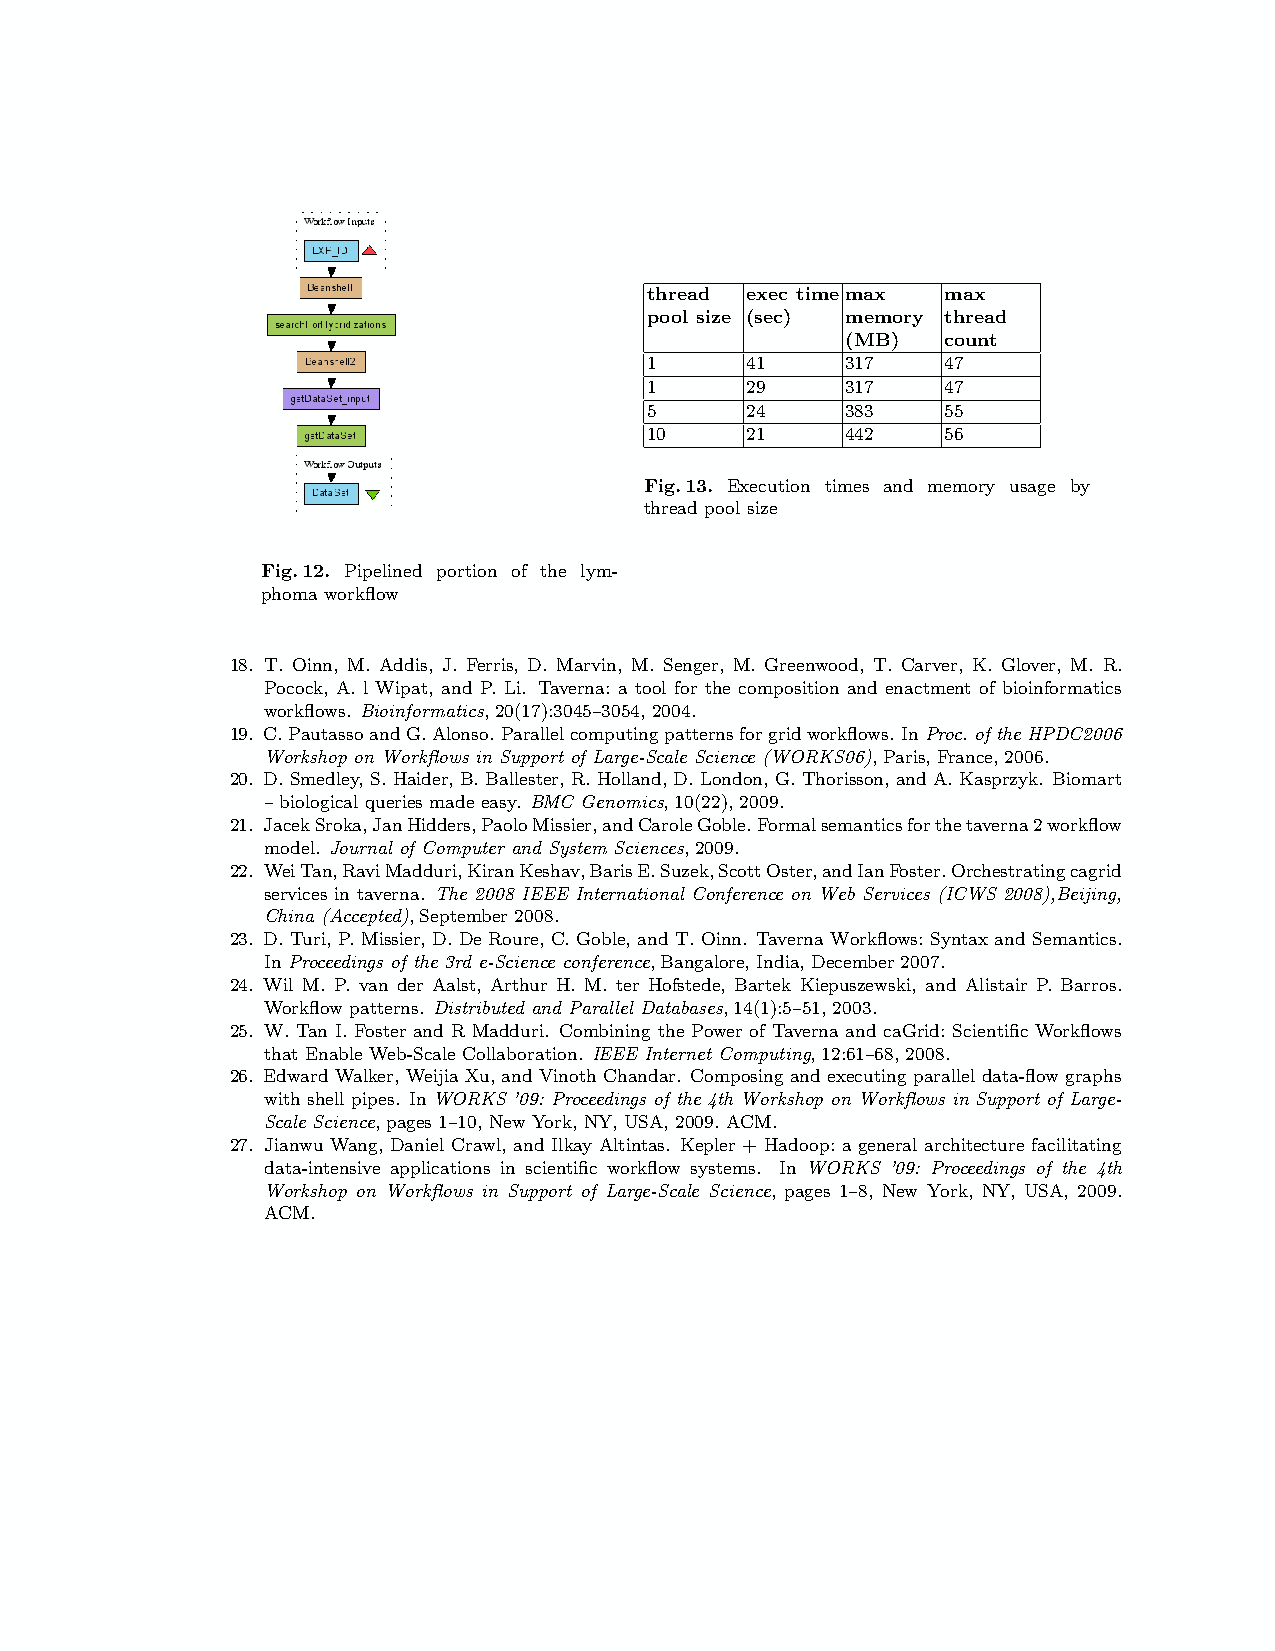
thread exec timemax max
 pool size (sec) memory thread
 (MB)   count
 1     41     317    47
 1     29     317    47
 5     24     383    55
 10    21     442    56
 Fig.13. Execution times and memory usage by
 thread pool size
 Fig.12. Pipelined portion of the lym-
 phoma workflow
 18. T. Oinn, M. Addis, J. Ferris, D. Marvin, M. Senger, M. Greenwood, T. Carver, K. Glover, M. R.
 Pocock, A. l Wipat, and P. Li. Taverna: a tool for the composition and enactment of bioinformatics
 workflows. Bioinformatics, 20(17):3045–3054, 2004.
 19. C.PautassoandG.Alonso. Parallelcomputingpatternsforgridworkflows. InProc.oftheHPDC2006
 Workshop on Workflows in Support of Large-Scale Science (WORKS06), Paris, France, 2006.
 20. D. Smedley, S. Haider, B. Ballester, R. Holland, D. London, G. Thorisson, and A. Kasprzyk. Biomart
 – biological queries made easy. BMC Genomics, 10(22), 2009.
 21. JacekSroka,JanHidders,PaoloMissier,andCaroleGoble.Formalsemanticsforthetaverna2workflow
 model. Journal of Computer and System Sciences, 2009.
 22. WeiTan,RaviMadduri,KiranKeshav,BarisE.Suzek,ScottOster,andIanFoster.Orchestratingcagrid
 services in taverna. The 2008 IEEE International Conference on Web Services (ICWS 2008),Beijing,
 China (Accepted), September 2008.
 23. D. Turi, P. Missier, D. De Roure, C. Goble, and T. Oinn. Taverna Workflows: Syntax and Semantics.
 In Proceedings of the 3rd e-Science conference, Bangalore, India, December 2007.
 24. Wil M. P. van der Aalst, Arthur H. M. ter Hofstede, Bartek Kiepuszewski, and Alistair P. Barros.
 Workflow patterns. Distributed and Parallel Databases, 14(1):5–51, 2003.
 25. W. Tan I. Foster and R Madduri. Combining the Power of Taverna and caGrid: Scientific Workflows
 that Enable Web-Scale Collaboration. IEEE Internet Computing, 12:61–68, 2008.
 26. Edward Walker, Weijia Xu, and Vinoth Chandar. Composing and executing parallel data-flow graphs
 with shell pipes. In WORKS ’09: Proceedings of the 4th Workshop on Workflows in Support of Large-
 Scale Science, pages 1–10, New York, NY, USA, 2009. ACM.
 27. Jianwu Wang, Daniel Crawl, and Ilkay Altintas. Kepler + Hadoop: a general architecture facilitating
 data-intensive applications in scientific workflow systems. In WORKS ’09: Proceedings of the 4th
 Workshop on Workflows in Support of Large-Scale Science, pages 1–8, New York, NY, USA, 2009.
 ACM.